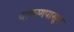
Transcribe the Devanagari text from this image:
वाकणपासून